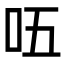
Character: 㕶